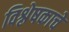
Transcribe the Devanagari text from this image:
विश्लेषकाचे